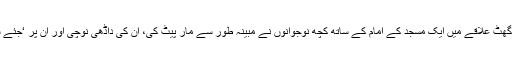
نئی دہلی: باغپت ضلع کے دوگھٹ علاقے میں ایک مسجد کے امام کے ساتھ کچھ نوجوانوں نے مبینہ طور سے مار پیٹ کی، ان کی داڈھی نوچی اور ان پر ‘جئے شری رام’ کہنے کا دباؤ بنایا۔